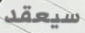
سيعقد